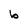
Character: b